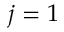
j = 1